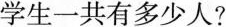
学生一共有多少人?